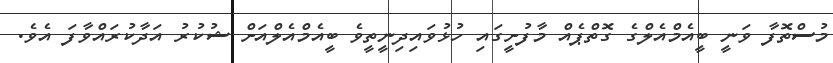
މުސްތޮފާ ވަނީ ބީއެމްއެލްގެ ގޮތްޕެއް މާފުށީގައި ހުޅުވައިދިނީތީވެ ބީއެމްއެލްއަށް ޝުކުރު އަދާކުރައްވާފަ އެވެ.